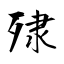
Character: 殔